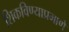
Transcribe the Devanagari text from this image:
शिकविण्याप्रमाणें